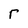
Character: r